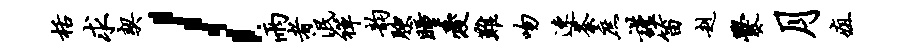
栝求契l雨者泯禅韵腴瞳爱难吻速荼庶谨笛赳爨月疽